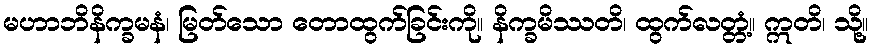
မဟာဘိနိက္ခမနံ၊ မြတ်သော တောထွက်ခြင်းကို။ နိက္ခမိဿတိ၊ ထွက်လတ္တံ့။ ဣတိ၊ သို့။